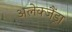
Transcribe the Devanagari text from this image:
अलेक्जैंड्रा